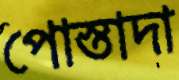
পোস্তাদা